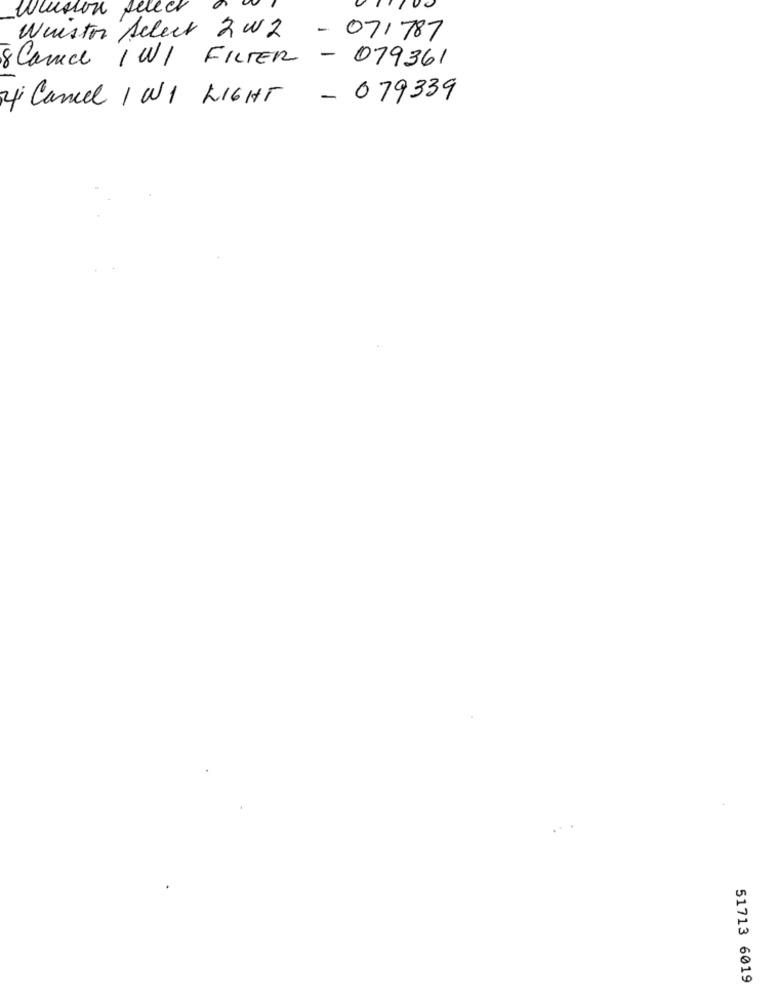
Winston seller
Wurstor Select 2W2 - 071787
8 Camice IWI FILTER - 079361
Cancel INI LIGHT - 079339
51713 6019